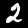
Label: 2